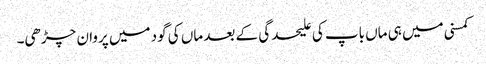
کمسنی میں ہی ماں باپ کی علیحدگی کے بعد ماں کی گود میں پروان چڑھی۔